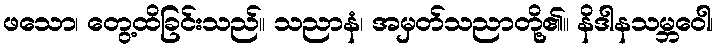
ဖသော၊ တွေ့ထိခြင်းသည်။ သညာနံ၊ အမှတ်သညာတို့၏။ နိဒါနသမ္ဘဝေါ၊